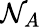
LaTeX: \mathcal{N}_{A}